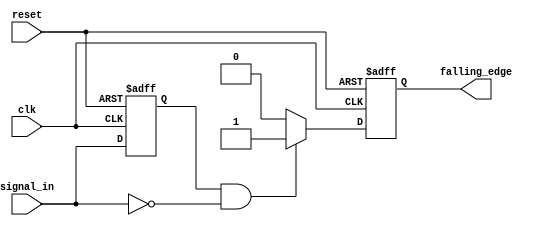
module falling_edge_detector (
    input wire clk,            // Clock input
    input wire reset,          // Reset input
    input wire signal_in,      // Input signal to monitor
    output reg falling_edge    // Output signal indicating falling edge
);

    // Memory block to store the previous state of the input signal
    reg previous_state;

    // Always block triggered on the rising edge of the clock
    always @(posedge clk or posedge reset) begin
        if (reset) begin
            // Initialize the previous state and output on reset
            previous_state <= 1'b0;
            falling_edge <= 1'b0;
        end else begin
            // Check for falling edge
            if (previous_state == 1'b1 && signal_in == 1'b0) begin
                falling_edge <= 1'b1; // Set output high for one clock cycle
            end else begin
                falling_edge <= 1'b0; // Reset output if no falling edge
            end
            
            // Update the previous state with the current input signal
            previous_state <= signal_in;
        end
    end

endmodule